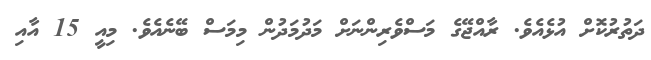
ދަތުރުކޮށް އުޅެއެވެ. ރާއްޖޭގެ މަސްވެރިންނަށް މަދުމަދުން މިމަސް ބޭނެއެވެ. މިއީ 15 އާއި